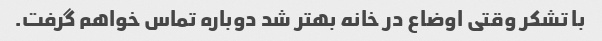
با تشکر وقتی اوضاع در خانه بهتر شد دوباره تماس خواهم گرفت.